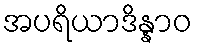
အပရိယာဒိန္နာဝ